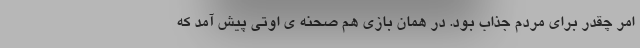
امر چقدر برای مردم جذاب بود. در همان بازی هم صحنه ی اوتی پیش آمد که